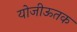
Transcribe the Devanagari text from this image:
योजीऊतक